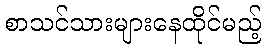
စာသင်သားများနေထိုင်မည့်